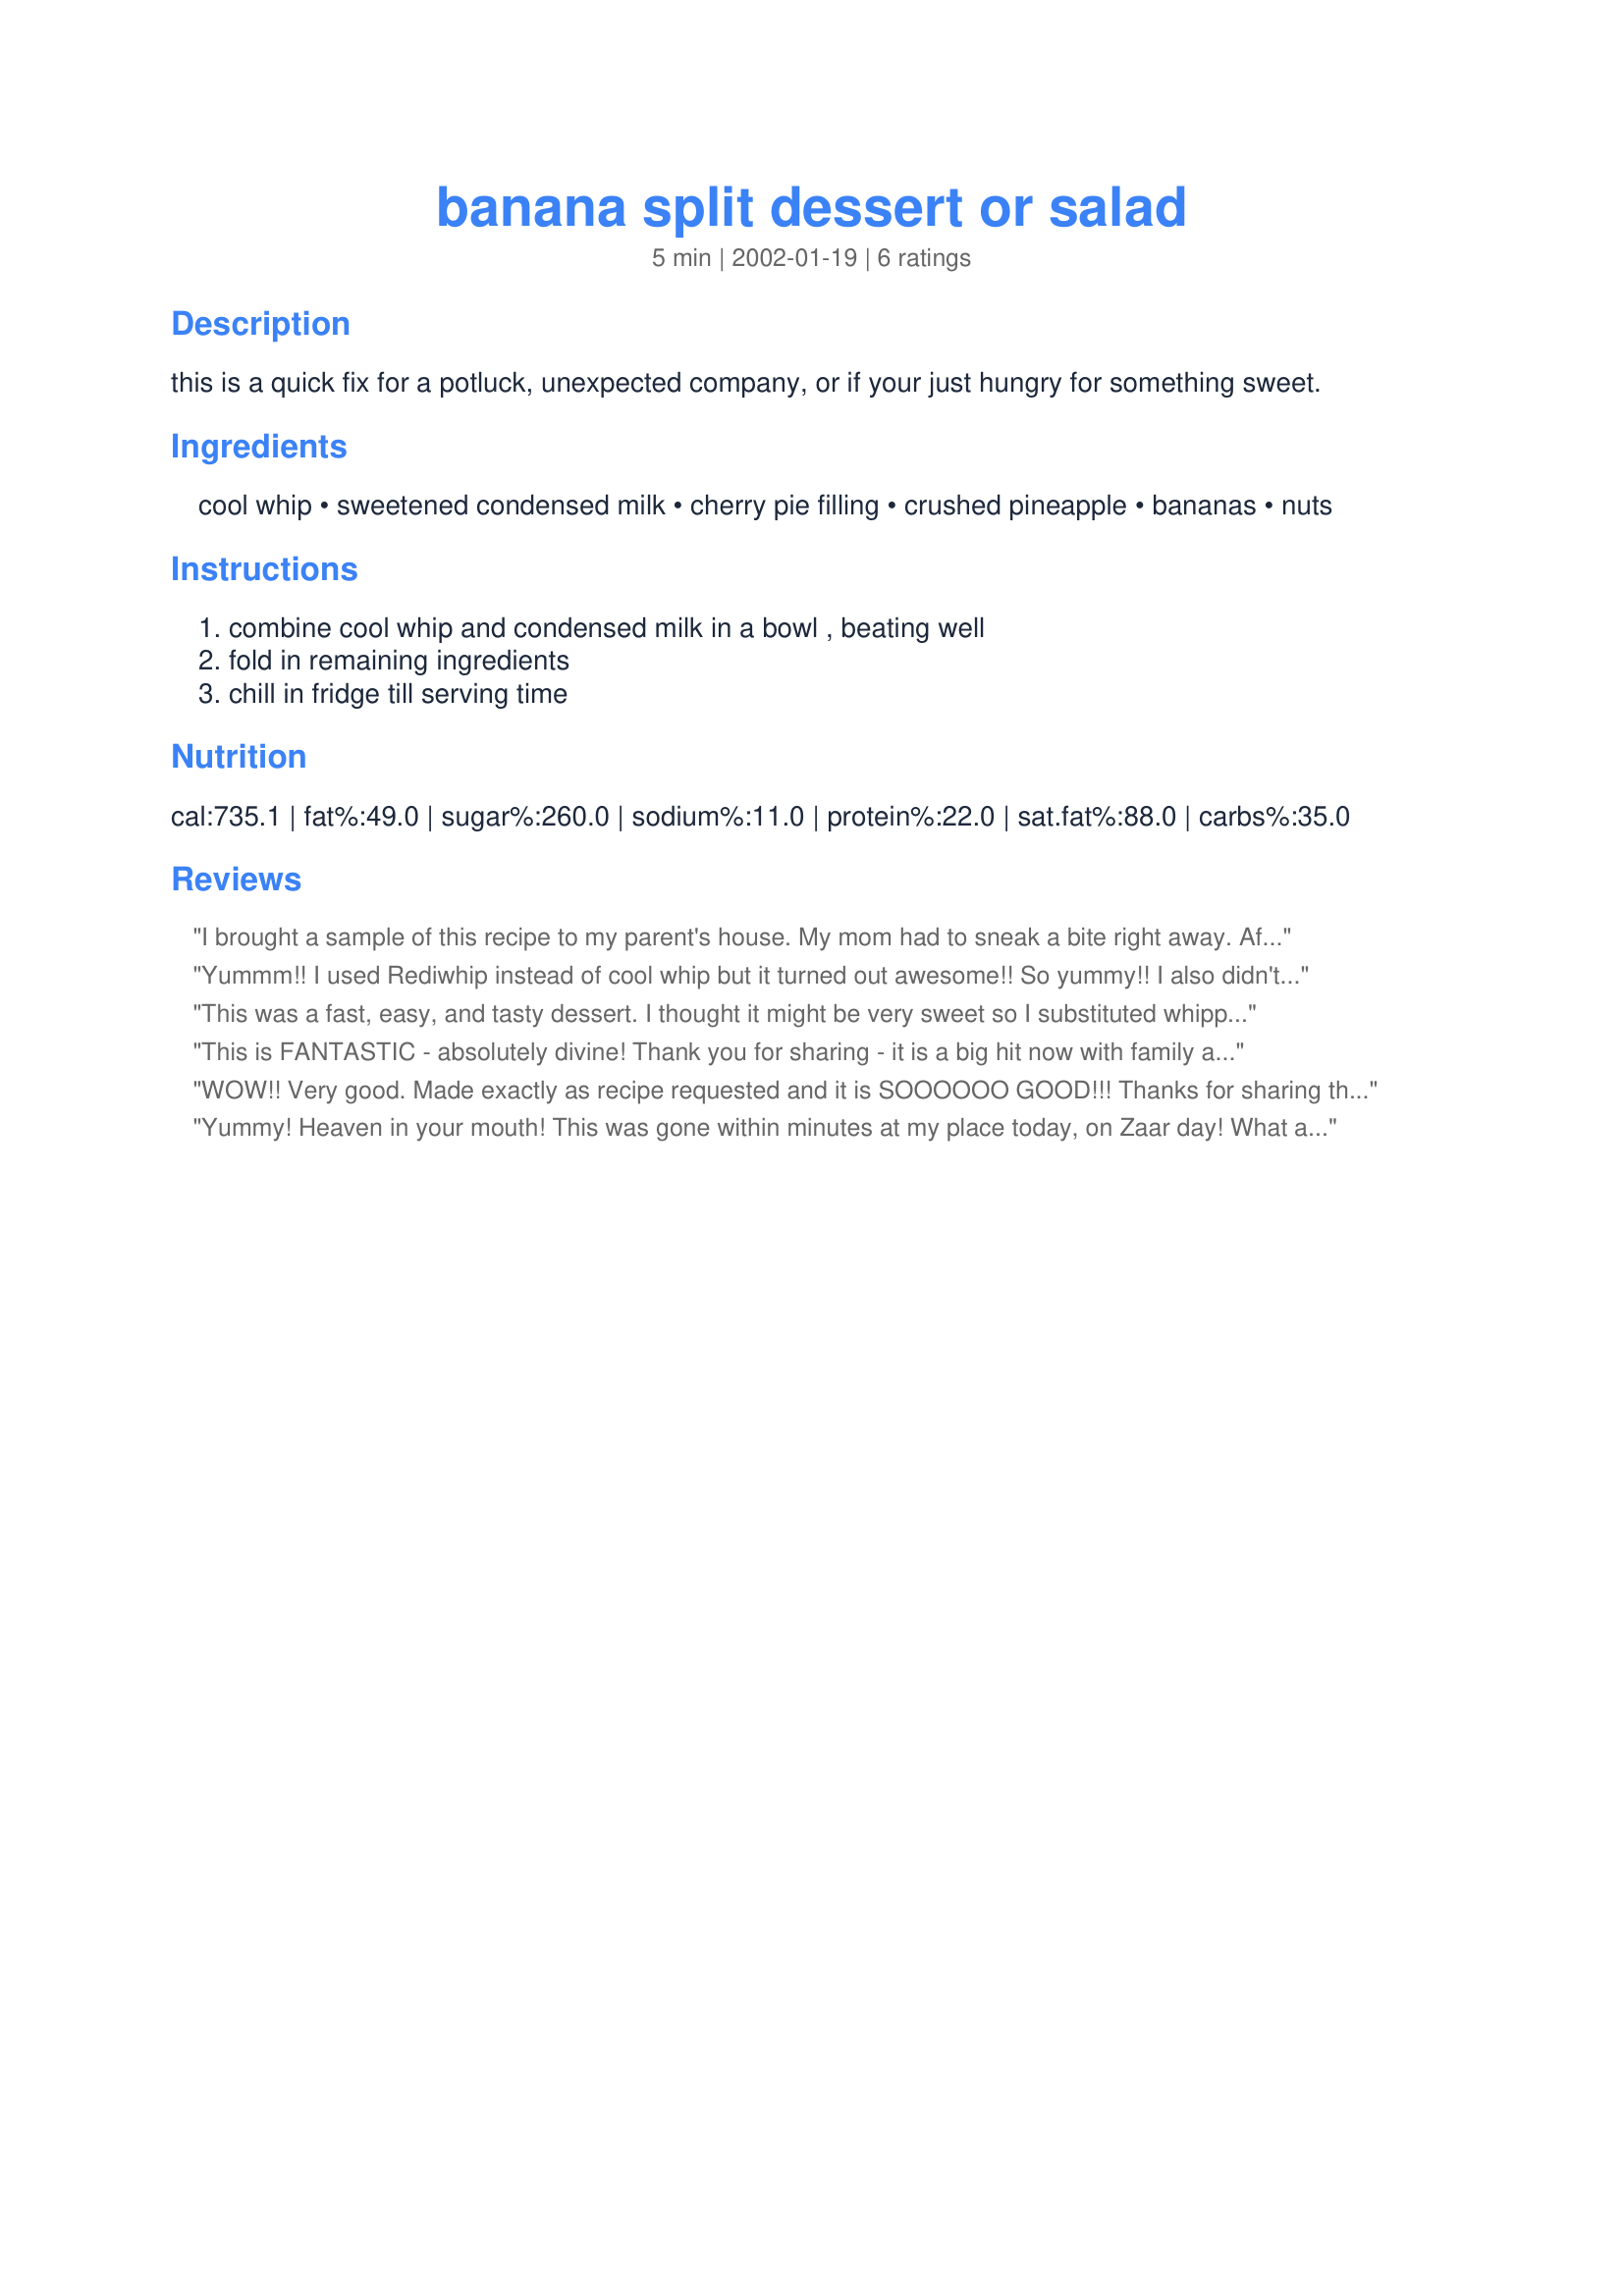
banana split dessert or salad
Preparation time: 5 minutes

this is a quick fix for a potluck, unexpected company, or if your just hungry for something sweet.

Ingredients:
cool whip, sweetened condensed milk, cherry pie filling, crushed pineapple, bananas, nuts

Steps:
combine cool whip and condensed milk in a bowl , beating well, fold in remaining ingredients, chill in fridge till serving time

Reviews:
I brought a sample of this recipe to my parent's house. My mom had to sneak a bite right away. After sampling it she said, "I sure hope that your father doesn't like this." She immediately requested the recipe. My husband also really liked it. Personally, I thought it was too sweet, and I am not a huge fan of banana splits either, but others really enjoyed it. Otherwise, it was a very fast and easy recipe to prepare. Thanks for another great one Darlene!!!
Yummm!! I used Rediwhip instead of cool whip but it turned out awesome!! So yummy!! I also didn't fold in nuts because I don't like them but I'm sure they would have been good for someone who does. I would highly recommend this recipe - so easy and so good and a pretty shade of pink too!!
This was a fast, easy, and tasty dessert. I thought it might be very sweet so I substituted whipped cream for the Cool Whip and it was just the right sweetness for our taste. I used chopped pecans for the nuts. Thank you, Darlene!
This is FANTASTIC - absolutely divine! Thank you for sharing - it is a big hit now with family and friends!
WOW!! Very good. Made exactly as recipe requested and it is
SOOOOOO GOOD!!! Thanks for
sharing this recipe!!
Yummy! Heaven in your mouth!
This was gone within minutes at my place today, on Zaar day! What a fabulous treat this one is.
I omitted the cool whip, otherwise followed everything just the way it is here.
Thank you so much for this great dessert, it was always my dream to have banana split dessert and you made it come true!!
THANK YOU:)
